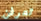
تعرفن